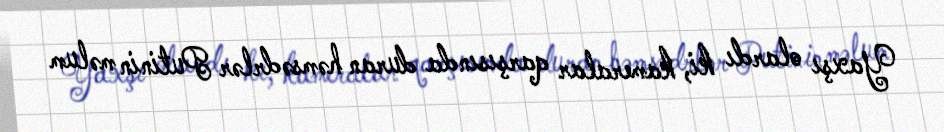
Yaxşı olardı ki, kameralar qarşısında duran həmsədrlər Putinin məlum